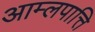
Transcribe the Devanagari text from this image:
आम्लपात्ति